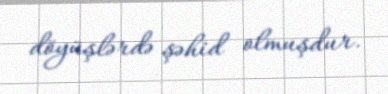
döyüşlərdə şəhid olmuşdur.